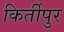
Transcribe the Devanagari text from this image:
किर्तीपुर